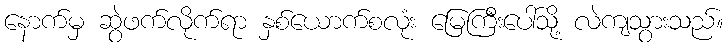
နောက်မှ ဆွဲဖက်လိုက်ရာ နှစ်ယောက်စလုံး မြေကြီးပေါ်သို့ လဲကျသွားသည်။